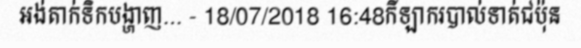
អង់តាក់ទិកបង្ហាញ... - 18/07/2018 16:48កីឡាករបាល់ទាត់ជប៉ុន